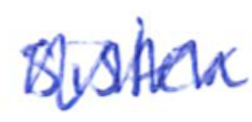
Text: sister
Cross-out: zig-zag
Writing tool: ballpoint